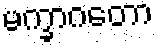
မက္ခာဂတော